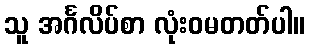
သူ အင်္ဂလိပ်စာ လုံးဝမတတ်ပါ။